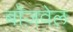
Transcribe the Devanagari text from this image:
बॉज़वेल